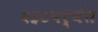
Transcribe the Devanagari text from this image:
२३०पर्यंत